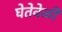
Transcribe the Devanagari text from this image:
घेतेवेळी